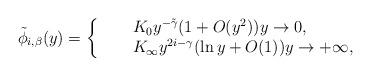
LaTeX: \begin{align*} \tilde \phi_{i,\beta}(y) = \left\{ \begin{array}{rcl} && K_0 y^{-\tilde \gamma} (1 + O(y^2) ) y \to 0, \\ & & K_{\infty} y^{2i -\gamma} ( \ln y + O(1) ) y \to +\infty, \end{array} \right. \end{align*}